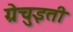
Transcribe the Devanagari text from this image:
ग्रेचुइती